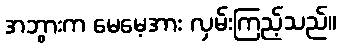
အဘွားက မေမေ့အား လှမ်းကြည့်သည်။